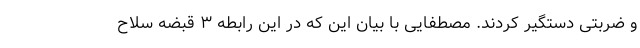
و ضربتی دستگیر کردند. مصطفایی با بیان این که در این رابطه ۳ قبضه سلاح